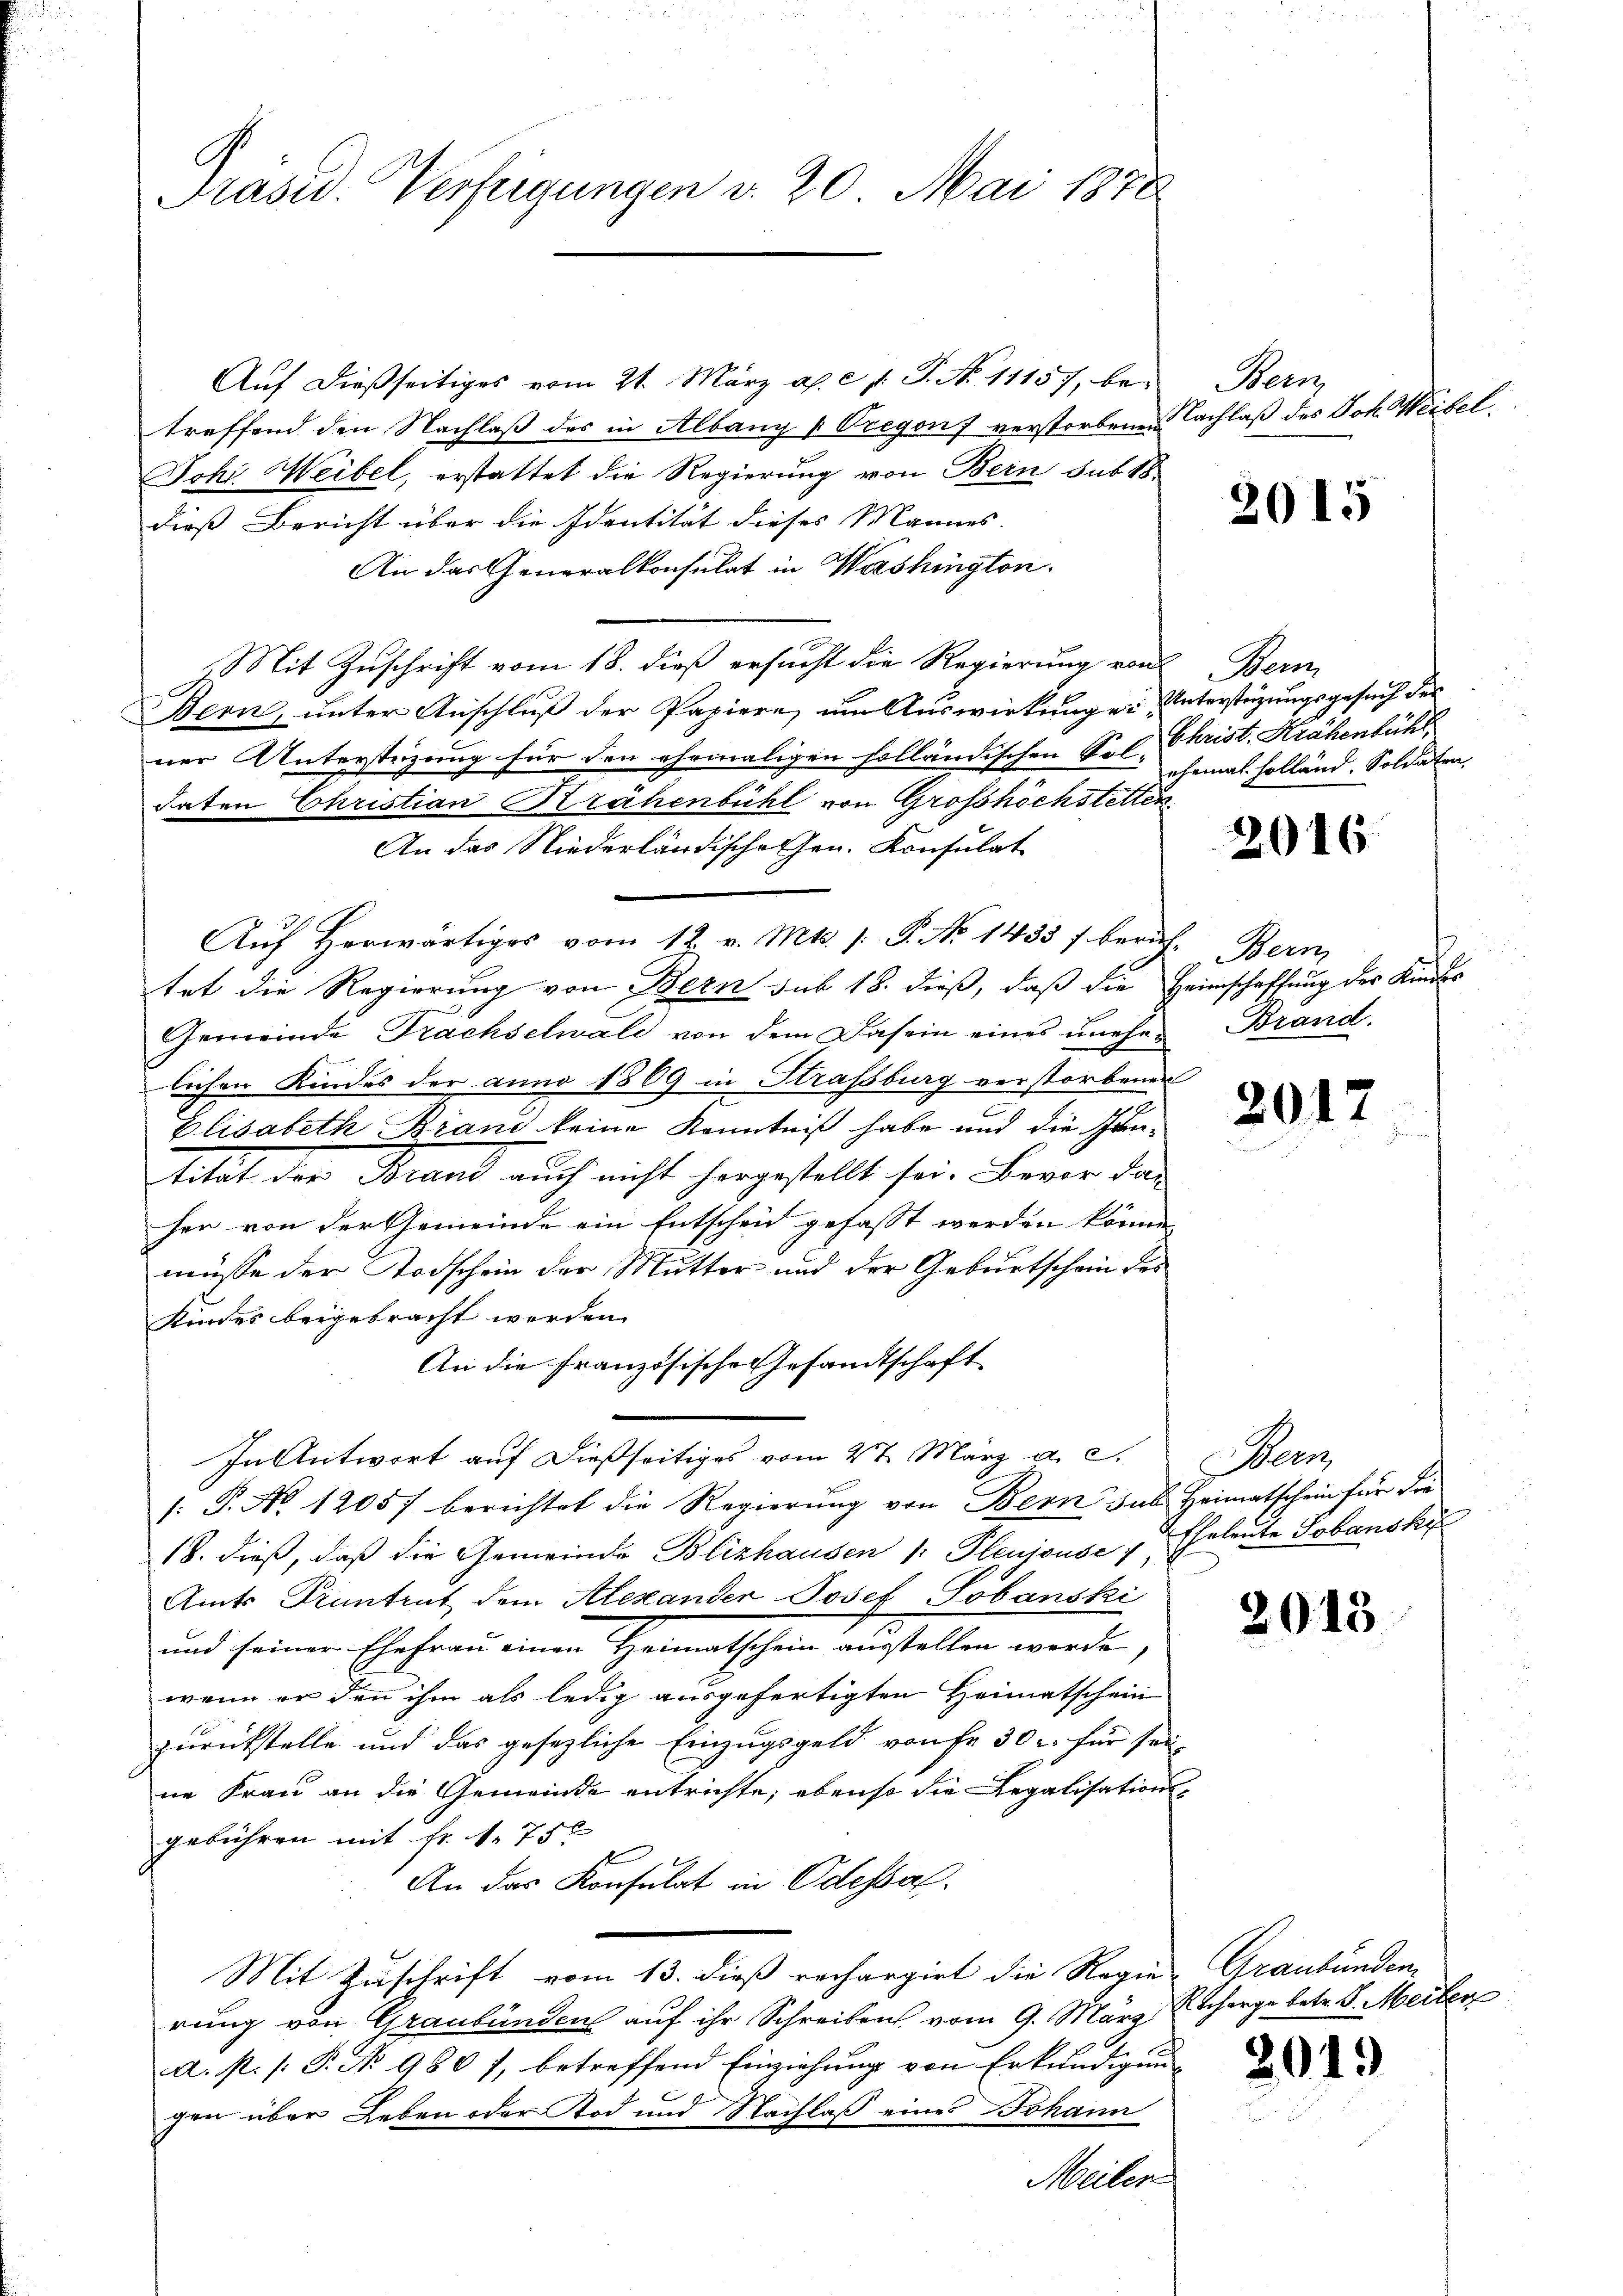
Präsid. Verfügungen v. 20. Mai 1878

Auf dießseitiges vom 21. März a. c 1. P. No 11157, betreffend den Nachlaß des in Albang u Vregen verstorbenen Nachlaß des Joh. Weibel.
Johi Weibel, erstattet die Regierung von Bern sub 18
dieß Bericht über die Identität dieses Mannes.
An das Generalkonsulat in Wershington.
Mit Zuschrift vom 18. dieß ersucht die Regierung von Beri
Bern, unter Anschluß der Papiere, um Auswirkung ein Unterstüzungsgesuch des
ner Unterstüzung für den ehemaligen solländischen Sol Christ. Krähenbühl
Taten Christian Krähenbühl von Grosshöchstetten
An das Niederländische Gen. Konsulat
Auf herwärtiges vom 12. v. Mts. /: P. No 1433 f berich-
tet die Regierung von Bern sub 18. dieß, daß die Heimschaffung des Kindes
Gemeinde Trachselwald von dem Dasein eines unehen Brand-
lichen Kindes der anno 1869 in Strassburg verstorbenen
Elisabeth Brand keine Kenntniß habe und die Juntität der Brand auch nicht hergestellt sei. Bevor das
her von der Gemeinde ein Entscheid gefasst werden könne,
müsse der Todschein der Mutter und der Geburtschein des
Kindes beigebracht werden.
An die französische Gesandtschaft
In Antwort auf dießseitiges vom 27. März a. c. Bern,
/: P. No 12057 berichtet die Regierung von Bern sub Heimatschein für die
18. dieß, daß die Gemeinde Blizhausen 1. Pleujouse, Eheleute Tobanski
Amts Pruntrut dem Alexander Josef Tobanski
und seiner Ehefrau einen Heimatschein austellen werde,
wenn er den ihm als ledig ausgefertigten Heimatschein
zurückstelle und das gesezliche Einzugsgeld von fr. 30 l. für sei-
ne Frau an die Gemeinde entrichte; ebenso die Legalisations-
gebühren mit Fr. 1750
An das Konsulat in Odessal.
Mit Zuschrift vom 13. dieß rechargirt die Regen Graubünden
rung von Graubünden auf ihr Schreiben vom 9. März herge betr. d. Meilen
d. s. [: P. No 980 7, betreffend Einziehung von Erkundigung
gen über Leben oder Tod und Nachlaß eines Johann
Meiler

en

2015

ehemal holland. Soldaten

2016.

Bern,

2017

2013

2019